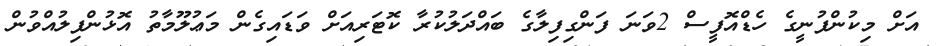
އަށް މިކުންފުނީގެ ހެޑްއޮފީސް 2ވަނަ ފަންގިފިލާގެ ބައްދަލުކުރާ ކޮޓަރިއަށް ވަޑައިގެން މަޢުލޫމާތު އޮޅުންފިލުއްވުން